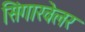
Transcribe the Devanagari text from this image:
सिंगारवेलर